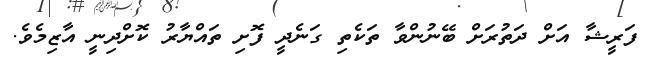
ފަރީޝާ އަށް ދަތުރަށް ބޭނުންވާ ތަކެތި ގަނެދީ ފޮށި ތައްޔާރު ކޮށްދިނީ އާޒިމެވެ.